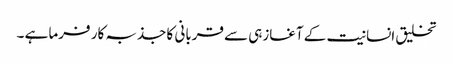
تخلیق انسانیت کے آغازہی سے قربانی کا جذبہ کار فرما ہے ۔